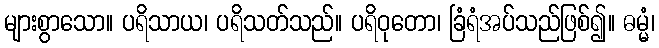
များစွာသော။ ပရိသာယ၊ ပရိသတ်သည်။ ပရိဝုတော၊ ခြံရံအပ်သည်ဖြစ်၍။ ဓမ္မံ၊